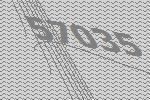
57035